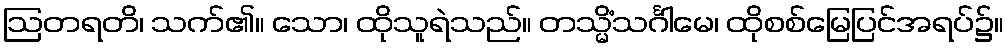
ဩတရတိ၊ သက်၏။ သော၊ ထိုသူရဲသည်။ တသ္မိံသင်္ဂါမေ၊ ထိုစစ်မြေပြင်အရပ်၌။